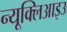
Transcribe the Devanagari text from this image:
न्यूक्लिआइउ